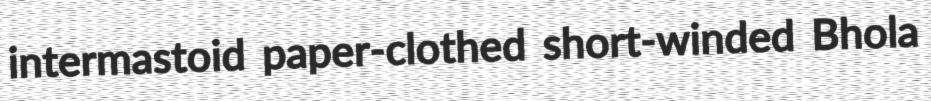
intermastoid paper-clothed short-winded Bhola